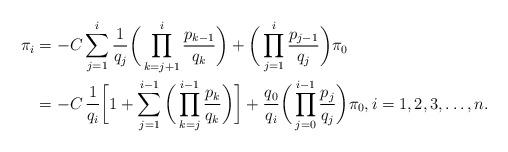
LaTeX: \begin{align*}\pi_i &= -C\sum_{j=1}^i \frac{1}{q_j} \bigg(\prod_{k=j+1}^i \frac{p_{k-1}}{q_k}\bigg) + \bigg(\prod_{j=1}^i \frac{p_{j-1}}{q_j}\bigg) \pi_0 \\&= -C \,\frac{1}{q_i}\bigg[1+\sum_{j=1}^{i-1} \bigg(\prod_{k=j}^{i-1} \frac{p_k}{q_k}\bigg)\bigg] + \frac{q_0}{q_i}\bigg(\prod_{j=0}^{i-1} \frac{p_j}{q_j}\bigg) \pi_0,i=1,2,3,\ldots,n.\end{align*}